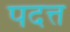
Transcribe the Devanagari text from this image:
पदत्त